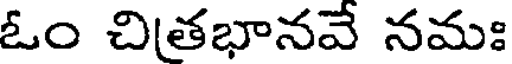
ఓం చితభానవే నమః